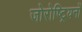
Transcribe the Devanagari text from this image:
जोरोष्ट्रियनों